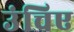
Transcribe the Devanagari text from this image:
उंचिए